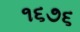
૧૬૭૬